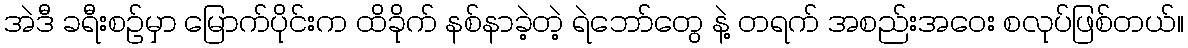
အဲဒီ ခရီးစဉ်မှာ မြောက်ပိုင်းက ထိခိုက် နစ်နာခဲ့တဲ့ ရဲဘော်တွေ နဲ့ တရက် အစည်းအဝေး စလုပ်ဖြစ်တယ်။